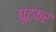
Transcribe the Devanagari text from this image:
घुटकर